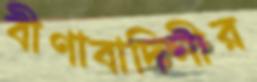
বীণাবাদিনীর